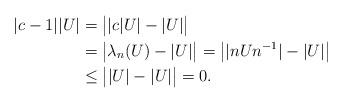
LaTeX: \begin{align*}|c-1| |U|&= \big||c|U|-|U|\big|\\&=\big|\lambda _n(U) -|U|\big|=\big||nUn^{-1}|-|U|\big|\\&\leq \big||U| -|U|\big|=0.\end{align*}